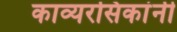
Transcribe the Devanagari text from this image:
काव्यरसिकांनी